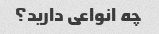
چه انواعی دارید؟